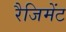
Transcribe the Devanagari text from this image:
रैजिमेंट